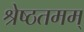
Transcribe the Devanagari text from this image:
श्रेष्ठतमम्